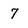
Character: 7